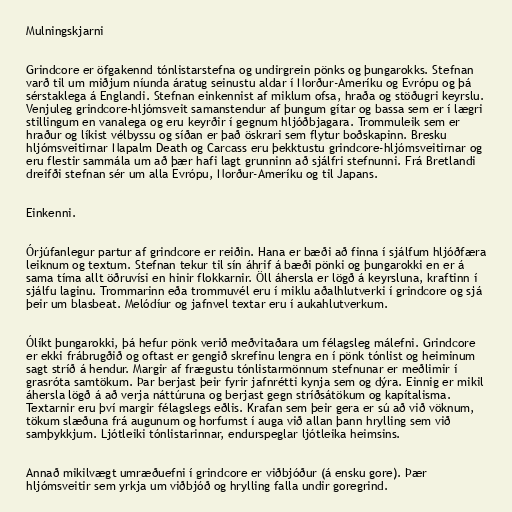
Mulningskjarni

Grindcore er öfgakennd tónlistarstefna og undirgrein pönks og þungarokks. Stefnan
varð til um miðjum níunda áratug seinustu aldar í Norður-Ameríku og Evrópu og þá
sérstaklega á Englandi. Stefnan einkennist af miklum ofsa, hraða og stöðugri keyrslu.
Venjuleg grindcore-hljómsveit samanstendur af þungum gítar og bassa sem er í lægri
stillingum en vanalega og eru keyrðir í gegnum hljóðbjagara. Trommuleik sem er
hraður og líkist vélbyssu og síðan er það öskrari sem flytur boðskapinn. Bresku
hljómsveitirnar Napalm Death og Carcass eru þekktustu grindcore-hljómsveitirnar og
eru flestir sammála um að þær hafi lagt grunninn að sjálfri stefnunni. Frá Bretlandi
dreifði stefnan sér um alla Evrópu, Norður-Ameríku og til Japans.

Einkenni.

Órjúfanlegur partur af grindcore er reiðin. Hana er bæði að finna í sjálfum hljóðfæra
leiknum og textum. Stefnan tekur til sín áhrif á bæði pönki og þungarokki en er á
sama tíma allt öðruvísi en hinir flokkarnir. Öll áhersla er lögð á keyrsluna, kraftinn í
sjálfu laginu. Trommarinn eða trommuvél eru í miklu aðalhlutverki í grindcore og sjá
þeir um blasbeat. Melódíur og jafnvel textar eru í aukahlutverkum.

Ólíkt þungarokki, þá hefur pönk verið meðvitaðara um félagsleg málefni. Grindcore
er ekki frábrugðið og oftast er gengið skrefinu lengra en í pönk tónlist og heiminum
sagt stríð á hendur. Margir af frægustu tónlistarmönnum stefnunar er meðlimir í
grasróta samtökum. Þar berjast þeir fyrir jafnrétti kynja sem og dýra. Einnig er mikil
áhersla lögð á að verja náttúruna og berjast gegn stríðsátökum og kapítalisma.
Textarnir eru því margir félagslegs eðlis. Krafan sem þeir gera er sú að við vöknum,
tökum slæðuna frá augunum og horfumst í auga við allan þann hrylling sem við
samþykkjum. Ljótleiki tónlistarinnar, endurspeglar ljótleika heimsins.

Annað mikilvægt umræðuefni í grindcore er viðbjóður (á ensku gore). Þær
hljómsveitir sem yrkja um viðbjóð og hrylling falla undir goregrind.